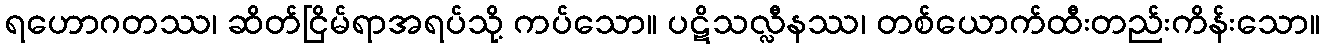
ရဟောဂတဿ၊ ဆိတ်ငြိမ်ရာအရပ်သို့ ကပ်သော။ ပဋိသလ္လီနဿ၊ တစ်ယောက်ထီးတည်းကိန်းသော။